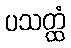
ပသတ္ထံ